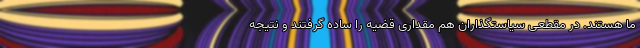
ما هستند. در مقطعی سیاستگذاران هم مقداری قضیه را ساده گرفتند و نتیجه